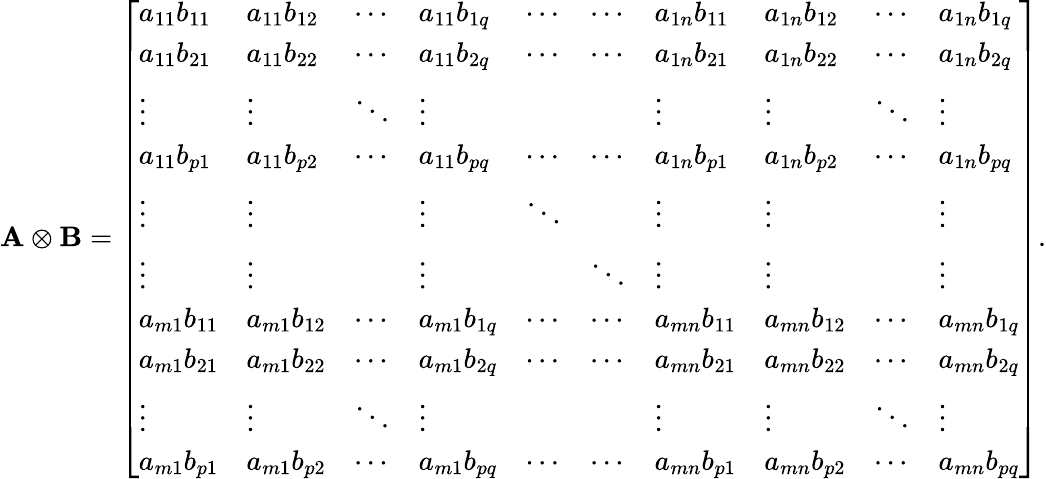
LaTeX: {\mathbf{A}\otimes\mathbf{B}}={\left[\begin{array}{llllllllll}{a_{11}b_{11}}&{a_{11}b_{12}}&{\cdots}&{a_{11}b_{1q}}&{\cdots}&{\cdots}&{a_{1n}b_{11}}&{a_{1n}b_{12}}&{\cdots}&{a_{1n}b_{1q}}\\ {a_{11}b_{21}}&{a_{11}b_{22}}&{\cdots}&{a_{11}b_{2q}}&{\cdots}&{\cdots}&{a_{1n}b_{21}}&{a_{1n}b_{22}}&{\cdots}&{a_{1n}b_{2q}}\\ {\vdots}&{\vdots}&{\ddots}&{\vdots}&{}&{}&{\vdots}&{\vdots}&{\ddots}&{\vdots}\\ {a_{11}b_{p1}}&{a_{11}b_{p2}}&{\cdots}&{a_{11}b_{pq}}&{\cdots}&{\cdots}&{a_{1n}b_{p1}}&{a_{1n}b_{p2}}&{\cdots}&{a_{1n}b_{pq}}\\ {\vdots}&{\vdots}&{}&{\vdots}&{\ddots}&{}&{\vdots}&{\vdots}&{}&{\vdots}\\ {\vdots}&{\vdots}&{}&{\vdots}&{}&{\ddots}&{\vdots}&{\vdots}&{}&{\vdots}\\ {a_{m1}b_{11}}&{a_{m1}b_{12}}&{\cdots}&{a_{m1}b_{1q}}&{\cdots}&{\cdots}&{a_{mn}b_{11}}&{a_{mn}b_{12}}&{\cdots}&{a_{mn}b_{1q}}\\ {a_{m1}b_{21}}&{a_{m1}b_{22}}&{\cdots}&{a_{m1}b_{2q}}&{\cdots}&{\cdots}&{a_{mn}b_{21}}&{a_{mn}b_{22}}&{\cdots}&{a_{mn}b_{2q}}\\ {\vdots}&{\vdots}&{\ddots}&{\vdots}&{}&{}&{\vdots}&{\vdots}&{\ddots}&{\vdots}\\ {a_{m1}b_{p1}}&{a_{m1}b_{p2}}&{\cdots}&{a_{m1}b_{pq}}&{\cdots}&{\cdots}&{a_{mn}b_{p1}}&{a_{mn}b_{p2}}&{\cdots}&{a_{mn}b_{pq}}\end{array}\right]}.